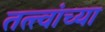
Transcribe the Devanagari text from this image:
तत्‍त्वांच्या